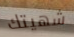
شهيتك